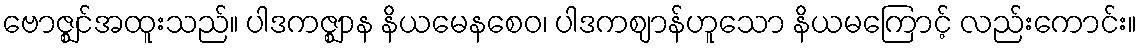
ဗောဇ္ဈင်အထူးသည်။ ပါဒကဇ္ဈာန နိယမေနစေဝ၊ ပါဒကဈာန်ဟူသော နိယမကြောင့် လည်းကောင်း။